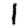
Digit: 1